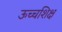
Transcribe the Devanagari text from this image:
ऊच्चशिक्ष